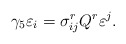
\begin{align*}\gamma_{5}\varepsilon_{i}=\sigma_{ij}^{r}Q^{r}\varepsilon^{j}. \end{align*}